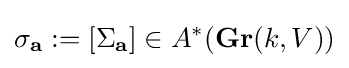
\sigma _{\mathbf {a} }:=[\Sigma _{\mathbf {a} }]\in A^{*}(\mathbf {Gr} (k,V))